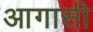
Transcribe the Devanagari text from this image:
आगासी